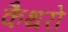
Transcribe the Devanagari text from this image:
कैथरो